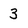
Character: 3